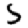
Digit: 5